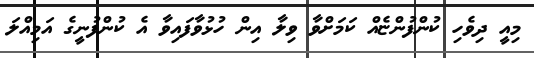
މިއީ ދިވެހި ކުންފުންޏެއް ކަމަށްވާ ވިލާ އިން ހުޅުވާފައިވާ އެ ކުންފުނީގެ އަމިއްލަ